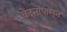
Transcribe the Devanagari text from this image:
वेदनांपासून